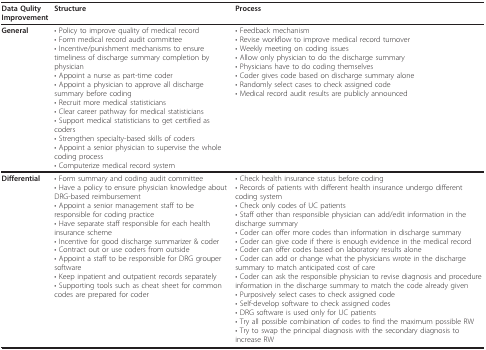
| Data Qulity Improvement | Structure | Process |
 | --- | --- | --- |
 | General | • Policy to improve quality of medical record• Form medical record audit committee• Incentive/punishment mechanisms to ensure timeliness of discharge summary completion by physician• Appoint a nurse as part-time coder• Appoint a physician to approve all discharge summary before coding• Recruit more medical statisticians• Clear career pathway for medical statisticians• Support medical statisticians to get certified as coders• Strengthen specialty-based skills of coders• Appoint a senior physician to supervise the whole coding process• Computerize medical record system | • Feedback mechanism• Revise workflow to improve medical record turnover• Weekly meeting on coding issues• Allow only physician to do the discharge summary• Physicians have to do coding themselves• Coder gives code based on discharge summary alone• Randomly select cases to check assigned code• Medical record audit results are publicly announced |
 | Differential | • Form summary and coding audit committee• Have a policy to ensure physician knowledge about DRG-based reimbursement• Appoint a senior management staff to be responsible for coding practice• Have separate staff responsible for each health insurance scheme• Incentive for good discharge summarizer & coder• Contract out or use coders from outside• Appoint a staff to be responsible for DRG grouper software• Keep inpatient and outpatient records separately• Supporting tools such as cheat sheet for common codes are prepared for coder | • Check health insurance status before coding• Records of patients with different health insurance undergo different coding system• Check only codes of UC patients• Staff other than responsible physician can add/edit information in the discharge summary• Coder can offer more codes than information in discharge summary• Coder can give code if there is enough evidence in the medical record• Coder can offer codes based on laboratory results alone• Coder can add or change what the physicians wrote in the discharge summary to match anticipated cost of care• Coder can ask the responsible physician to revise diagnosis and procedure information in the discharge summary to match the code already given• Purposively select cases to check assigned code• Self-develop software to check assigned codes• DRG software is used only for UC patients• Try all possible combination of codes to find the maximum possible RW• Try to swap the principal diagnosis with the secondary diagnosis to increase RW |